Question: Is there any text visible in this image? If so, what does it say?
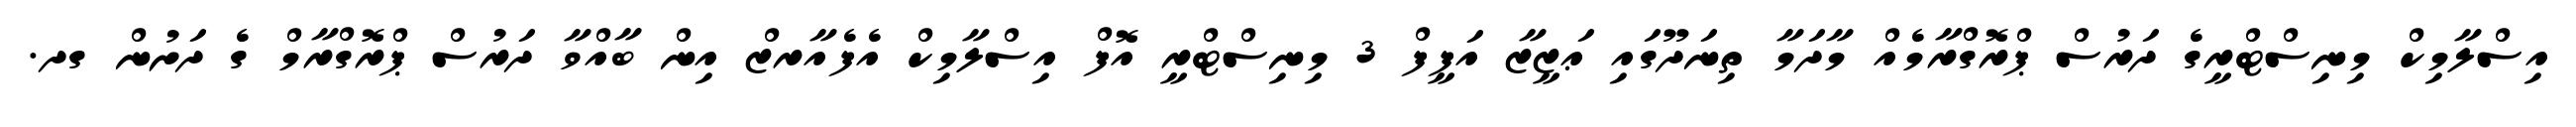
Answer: އިސްލާމިކް މިނިސްޓްރީގެ ދަރުސް ޕްރޮގްރާމެއް މާދަމާ ތިނަދޫގައި ޢަޒީޒާ އަފީފް 3 މިނިސްޓްރީ އޮފް އިސްލާމިކް އެފެއާރޒް އިން ބާއްވާ ދަރުސް ޕްރޮގްރާމް ގެ ދަށުން ގދ.